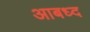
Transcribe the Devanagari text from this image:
आबध्द